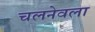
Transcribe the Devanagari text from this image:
चलनेवला